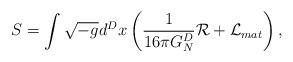
LaTeX: \begin{align*}S=\int\sqrt{-g}d^{D}x\left({1\over{16\pi G^D_N}}{\cal R}+{\cal L}_{mat}\right),\end{align*}